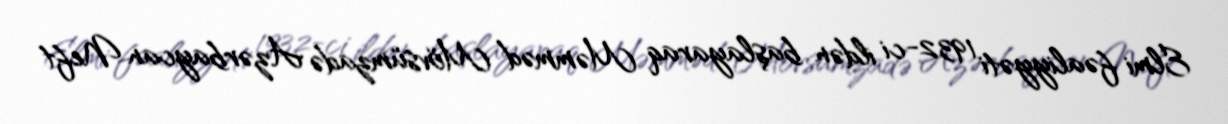
Elmi fəaliyyəti 1932-ci ildən başlayaraq Məmməd Mövsümzadə Azərbaycan Neft